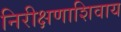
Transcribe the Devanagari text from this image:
निरीक्षणाशिवाय